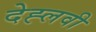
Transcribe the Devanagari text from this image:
देह्लवी